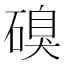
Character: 𮀹